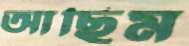
আছিম